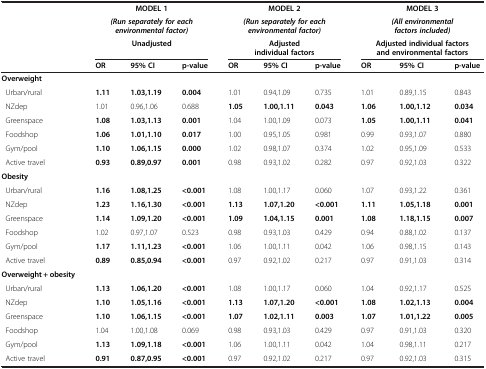
<table><thead><tr><td rowspan="3"><b> </b></td><td colspan="3"><b>MODEL 1</b></td><td colspan="3"><b>MODEL 2</b></td><td colspan="3"><b>MODEL 3</b></td></tr><tr><td colspan="3"><b><i>(Run separately for each environmental factor)</i></b></td><td colspan="3"><b><i>(Run separately for each environmental factor)</i></b></td><td colspan="3"><b><i>(All environmental factors included)</i></b></td></tr><tr><td colspan="3"><b>Unadjusted</b></td><td colspan="3"><b>Adjusted individual factors</b></td><td colspan="3"><b>Adjusted individual factors and environmental factors</b></td></tr><tr><td><b> </b></td><td><b>OR</b></td><td><b>95% CI</b></td><td><b>p-value</b></td><td><b>OR</b></td><td><b>95% CI</b></td><td><b>p-value</b></td><td><b>OR</b></td><td><b>95% CI</b></td><td><b>p-value</b></td></tr></thead><tbody><tr><td><b>Overweight</b></td><td> </td><td> </td><td> </td><td> </td><td> </td><td> </td><td> </td><td> </td><td> </td></tr><tr><td> Urban/rural</td><td><b>1.11</b></td><td><b>1.03,1.19</b></td><td><b>0.004</b></td><td>1.01</td><td>0.94,1.09</td><td>0.735</td><td>1.01</td><td>0.89,1.15</td><td>0.843</td></tr><tr><td> NZdep</td><td>1.01</td><td>0.96,1.06</td><td>0.688</td><td><b>1.05</b></td><td><b>1.00,1.11</b></td><td><b>0.043</b></td><td><b>1.06</b></td><td><b>1.00,1.12</b></td><td><b>0.034</b></td></tr><tr><td> Greenspace</td><td><b>1.08</b></td><td><b>1.03,1.13</b></td><td><b>0.001</b></td><td>1.04</td><td>1.00,1.09</td><td>0.073</td><td><b>1.05</b></td><td><b>1.00,1.11</b></td><td><b>0.041</b></td></tr><tr><td> Foodshop</td><td><b>1.06</b></td><td><b>1.01,1.10</b></td><td><b>0.017</b></td><td>1.00</td><td>0.95,1.05</td><td>0.981</td><td>0.99</td><td>0.93,1.07</td><td>0.880</td></tr><tr><td> Gym/pool</td><td><b>1.10</b></td><td><b>1.06,1.15</b></td><td><b>0.000</b></td><td>1.02</td><td>0.98,1.07</td><td>0.374</td><td>1.02</td><td>0.95,1.09</td><td>0.533</td></tr><tr><td> Active travel</td><td><b>0.93</b></td><td><b>0.89,0.97</b></td><td><b>0.001</b></td><td>0.98</td><td>0.93,1.02</td><td>0.282</td><td>0.97</td><td>0.92,1.03</td><td>0.322</td></tr><tr><td><b>Obesity</b></td><td> </td><td> </td><td> </td><td> </td><td> </td><td> </td><td> </td><td> </td><td> </td></tr><tr><td> Urban/rural</td><td><b>1.16</b></td><td><b>1.08,1.25</b></td><td><b>&lt;0.001</b></td><td>1.08</td><td>1.00,1.17</td><td>0.060</td><td>1.07</td><td>0.93,1.22</td><td>0.361</td></tr><tr><td> NZdep</td><td><b>1.23</b></td><td><b>1.16,1.30</b></td><td><b>&lt;0.001</b></td><td><b>1.13</b></td><td><b>1.07,1.20</b></td><td><b>&lt;0.001</b></td><td><b>1.11</b></td><td><b>1.05,1.18</b></td><td><b>0.001</b></td></tr><tr><td> Greenspace</td><td><b>1.14</b></td><td><b>1.09,1.20</b></td><td><b>&lt;0.001</b></td><td><b>1.09</b></td><td><b>1.04,1.15</b></td><td><b>0.001</b></td><td><b>1.08</b></td><td><b>1.18,1.15</b></td><td><b>0.007</b></td></tr><tr><td> Foodshop</td><td>1.02</td><td>0.97,1.07</td><td>0.523</td><td>0.98</td><td>0.93,1.03</td><td>0.429</td><td>0.94</td><td>0.88,1.02</td><td>0.137</td></tr><tr><td> Gym/pool</td><td><b>1.17</b></td><td><b>1.11,1.23</b></td><td><b>&lt;0.001</b></td><td>1.06</td><td>1.00,1.11</td><td>0.042</td><td>1.06</td><td>0.98,1.15</td><td>0.143</td></tr><tr><td> Active travel</td><td><b>0.89</b></td><td><b>0.85,0.94</b></td><td><b>&lt;0.001</b></td><td>0.97</td><td>0.92,1.02</td><td>0.217</td><td>0.97</td><td>0.91,1.03</td><td>0.314</td></tr><tr><td><b>Overweight + obesity</b></td><td> </td><td> </td><td> </td><td> </td><td> </td><td> </td><td> </td><td> </td><td> </td></tr><tr><td> Urban/rural</td><td><b>1.13</b></td><td><b>1.06,1.20</b></td><td><b>&lt;0.001</b></td><td>1.08</td><td>1.00,1.17</td><td>0.060</td><td>1.04</td><td>0.92,1.17</td><td>0.525</td></tr><tr><td> NZdep</td><td><b>1.10</b></td><td><b>1.05,1.16</b></td><td><b>&lt;0.001</b></td><td><b>1.13</b></td><td><b>1.07,1.20</b></td><td><b>&lt;0.001</b></td><td><b>1.08</b></td><td><b>1.02,1.13</b></td><td><b>0.004</b></td></tr><tr><td> Greenspace</td><td><b>1.10</b></td><td><b>1.06,1.15</b></td><td><b>&lt;0.001</b></td><td><b>1.07</b></td><td><b>1.02,1.11</b></td><td><b>0.003</b></td><td><b>1.07</b></td><td><b>1.01,1.22</b></td><td><b>0.005</b></td></tr><tr><td> Foodshop</td><td>1.04</td><td>1.00,1.08</td><td>0.069</td><td>0.98</td><td>0.93,1.03</td><td>0.429</td><td>0.97</td><td>0.91,1.03</td><td>0.320</td></tr><tr><td> Gym/pool</td><td><b>1.13</b></td><td><b>1.09,1.18</b></td><td><b>&lt;0.001</b></td><td>1.06</td><td>1.00,1.11</td><td>0.042</td><td>1.04</td><td>0.98,1.11</td><td>0.217</td></tr><tr><td> Active travel</td><td><b>0.91</b></td><td><b>0.87,0.95</b></td><td><b>&lt;0.001</b></td><td>0.97</td><td>0.92,1.02</td><td>0.217</td><td>0.97</td><td>0.92,1.03</td><td>0.315</td></tr></tbody></table>